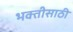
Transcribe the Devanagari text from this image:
भक्तीसाठी